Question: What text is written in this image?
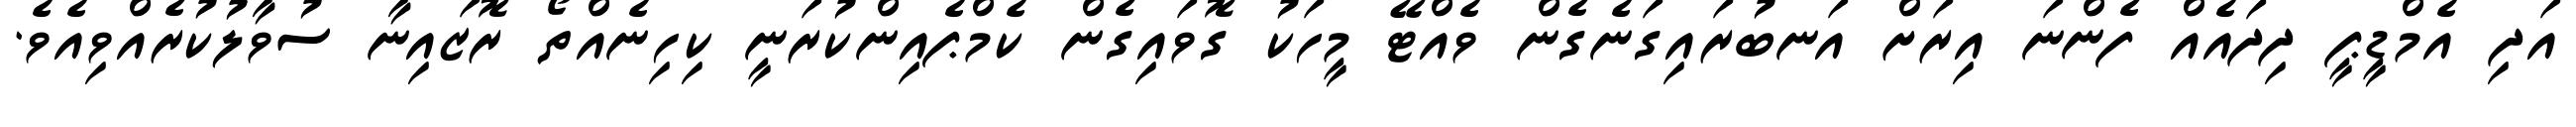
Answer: އަދި އެމްޑީޕީ ދިދައެއް ފެންނަ އިރަށް އަނބުރައިގަނެގެން ވެއްޓޭ މީހަކު ގޮވައިގެން ކެމްޕެއިންކުރަނީ ކިހިނެއްތޯ ރޮޒައިނާ ސުވާލުކުރެއްވިއެވެ.